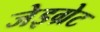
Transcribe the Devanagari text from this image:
जेइग्रेट